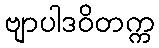
ဗျာပါဒဝိတက္က